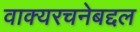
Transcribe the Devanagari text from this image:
वाक्यरचनेबद्दल